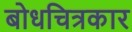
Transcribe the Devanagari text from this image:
बोधचित्रकार